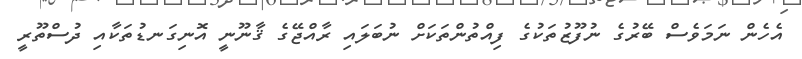
އެހެން ނަމަވެސް ބޭރުގެ ނުފޫޒުތަކުގެ ފިއްތުންތަކަށް ނުބަލައި ރާއްޖޭގެ ޤާނޫނީ އޮނިގަނޑުތަކާއި ދުސްތޫރީ